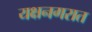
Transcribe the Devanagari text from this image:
यक्षनगरात